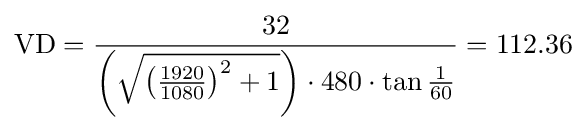
{\textrm {VD}}={\frac {\textrm {32}}{\left({\sqrt {\left({\frac {\textrm {1920}}{\textrm {1080}}}\right)^{2}+1}}\right)\cdot {\textrm {480}}\cdot \tan {\frac {1}{60}}}}=112.36